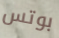
بوتس